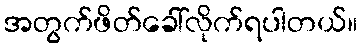
အတွက်ဖိတ်ခေါ်လိုက်ရပါတယ်။